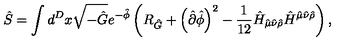
\hat { S } = \int d ^ { D } x \sqrt { - \hat { G } } e ^ { - \hat { \phi } } \left( R _ { \hat { G } } + \left( \hat { \partial } \hat { \phi } \right) ^ { 2 } - \frac { 1 } { 1 2 } \hat { H } _ { \hat { \mu } \hat { \nu } \hat { \rho } } \hat { H } ^ { \hat { \mu } \hat { \nu } \hat { \rho } } \right) ,